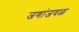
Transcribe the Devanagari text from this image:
जणांजवळ